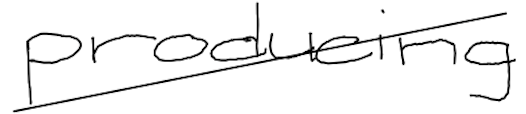
Text: producing
Cross-out: diagonal
Writing tool: digital_black